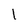
Character: l